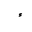
Letter: _hamza